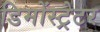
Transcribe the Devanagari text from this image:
डिमोंस्ट्रेटर